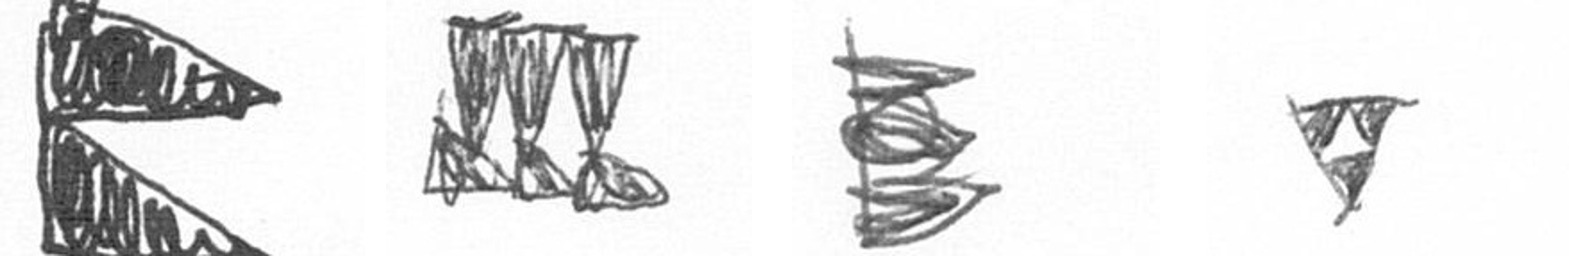
P D H S